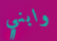
وابني